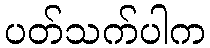
ပတ်သက်ပါက